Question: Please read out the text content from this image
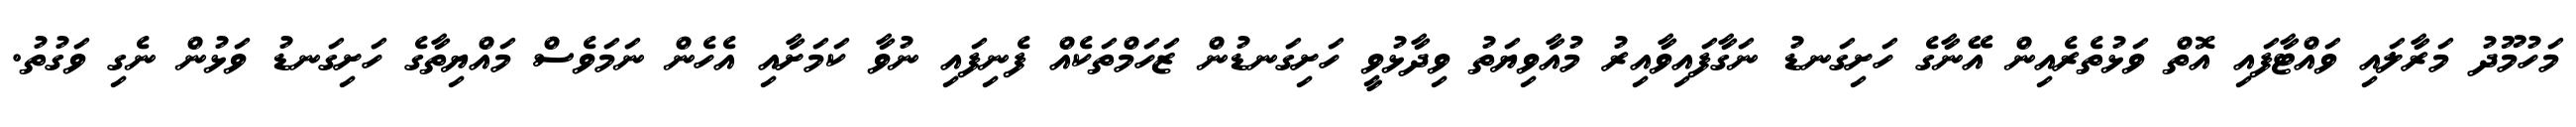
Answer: މަހުމޫދު މަރާލައި ވައްޓާފައި އޮތް ވަޅުތެރެއިން އޭނާގެ ހަށިގަނޑު ނަގާފައިވާއިރު މުއާވިޔަތު ވިދާޅުވީ ހަށިގަނޑުން ޒަހަމްތަކެއް ފެނިފައި ނުވާ ކަމަށާއި އެހެން ނަމަވެސް މައްޔިތާގެ ހަށިގަނޑު ވަޅުން ނެގި ވަގުތު.